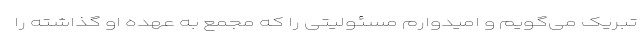
تبریک می‌گویم و امیدوارم مسئولیتی را که مجمع به عهده او گذاشته را